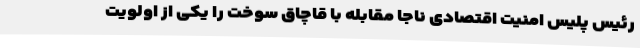
رئیس پلیس امنیت اقتصادی ناجا مقابله با قاچاق سوخت را یکی از اولویت